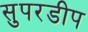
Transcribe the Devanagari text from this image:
सुपरडीप